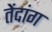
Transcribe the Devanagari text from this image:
तेंदांग